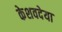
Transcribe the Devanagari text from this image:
केशवदेया